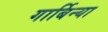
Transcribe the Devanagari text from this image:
गार्बिन्या